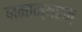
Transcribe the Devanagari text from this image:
नमाम्यहम्‌